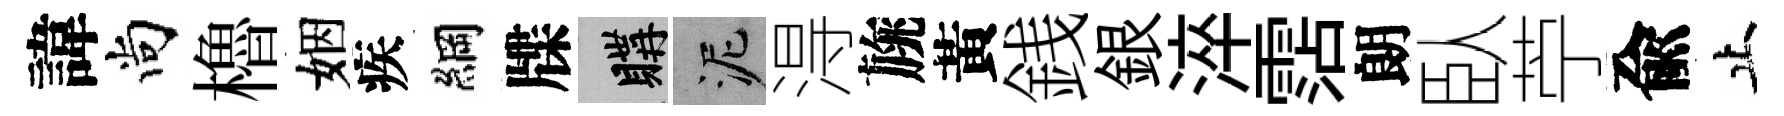
諱尚櫓姻疾綱牒購泥淂旐黃銭銀淬霑朗臥苧兪止